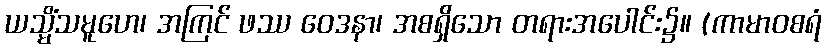
ယသ္မိံသမူဟေ၊ အကြင် ဖဿ ဝေဒနာ၊ အစရှိသော တရားအပေါင်း၌။ (ကာမာဝစရံ